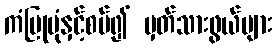
ကံပြုပုံနှင့်စပ်၍ မှတ်သားဖွယ်များ